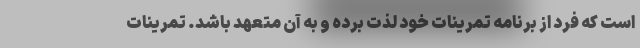
است که فرد از برنامه تمرینات خود لذت برده و به آن متعهد باشد. تمرینات